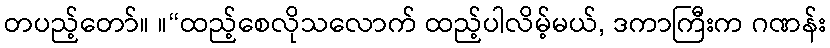
တပည့်တော်။ ။“ထည့်စေလိုသလောက် ထည့်ပါလိမ့်မယ်, ဒကာကြီးက ဂဏန်း